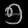
Digit: ၅